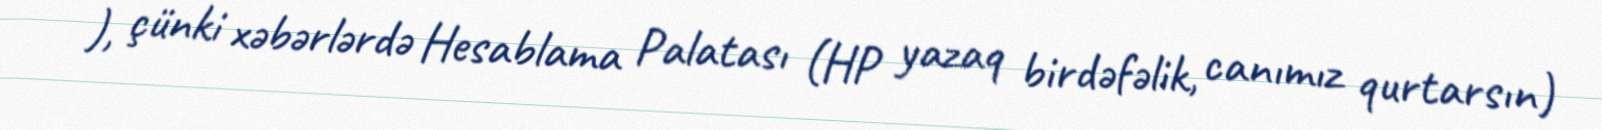
), çünki xəbərlərdə Hesablama Palatası (HP yazaq birdəfəlik, canımız qurtarsın)